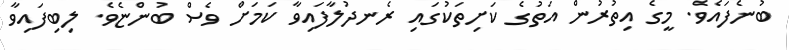
ބުނެފައެވެ. މީގެ އިތުރުން އަތުގެ ކަށިތަކުގައި ރެނދުލާފައިވާ ކަމަށް ވެސް ބުންޏެވެ. ލިބިފައިވާ